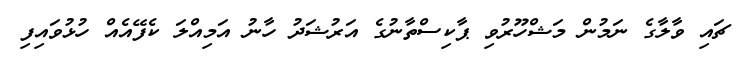
ޗައި ވާލާގެ ނަމުން މަޝްހޫރުވި ޕާކިސްތާނުގެ އަރުޝަދު ހާނު އަމިއްލަ ކެފޭއެއް ހުޅުވައިފި